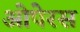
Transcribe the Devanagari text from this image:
ओपेरस